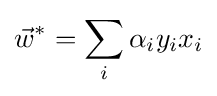
{\vec {w}}^{*}=\sum _{i}\alpha _{i}y_{i}x_{i}